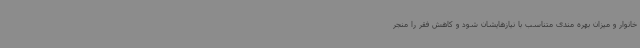
خانوار و میزان بهره مندی متناسب با نیازهایشان شود و کاهش فقر را منجر